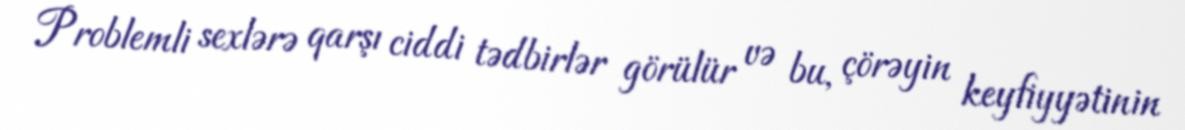
Problemli sexlərə qarşı ciddi tədbirlər görülür və bu, çörəyin keyfiyyətinin